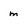
Character: m